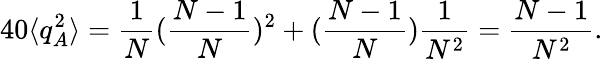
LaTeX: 40\langle q_{A}^{2}\rangle=\frac{1}{N}(\frac{N-1}{N})^{2}+(\frac{N-1}{N})\frac{1}{N^{2}}=\frac{N-1}{N^{2}}.